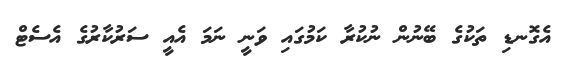
އެގޮނޑި ތަކުގެ ބޭނުން ނުކުރާ ކަމުގައި ވަނީ ނަމަ އެއީ ސަރުކާރުގެ އެސެޓް